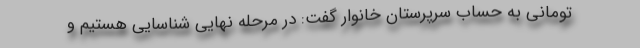
تومانی به حساب سرپرستان خانوار گفت: در مرحله نهایی شناسایی هستیم و